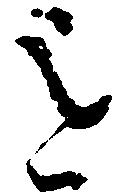
を